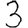
Digit: 3